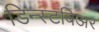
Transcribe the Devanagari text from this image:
डिन्स्टबिअर